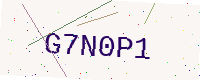
Text: G7N0P1